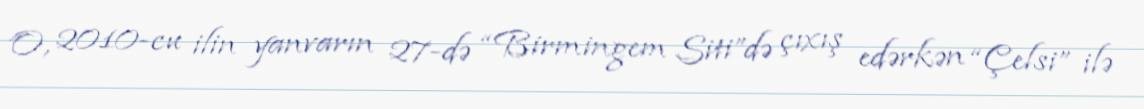
O, 2010-cu ilin yanvarın 27-də “Birmingem Siti”də çıxış edərkən “Çelsi” ilə